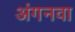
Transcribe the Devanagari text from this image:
अंगनवा